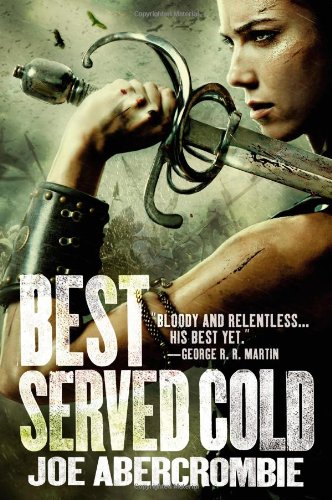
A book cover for Best Served Cold; Joe Abercrombie; Literature & Fiction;